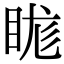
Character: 𥆙